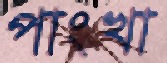
পাংখা